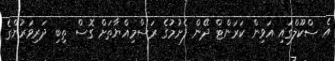
އެ ސްކޫލްގައި އަވިން ކަރަންޓް ދޭން ފެށުމުގެ ރަސްމިއްޔާތަށް ގޮސް ތިބި ދަރިވަރުންގެ